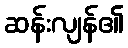
ဆန်းလျန်၏